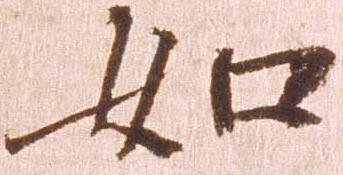
如